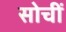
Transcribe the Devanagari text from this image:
सोचीं